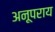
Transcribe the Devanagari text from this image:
अनूपराय